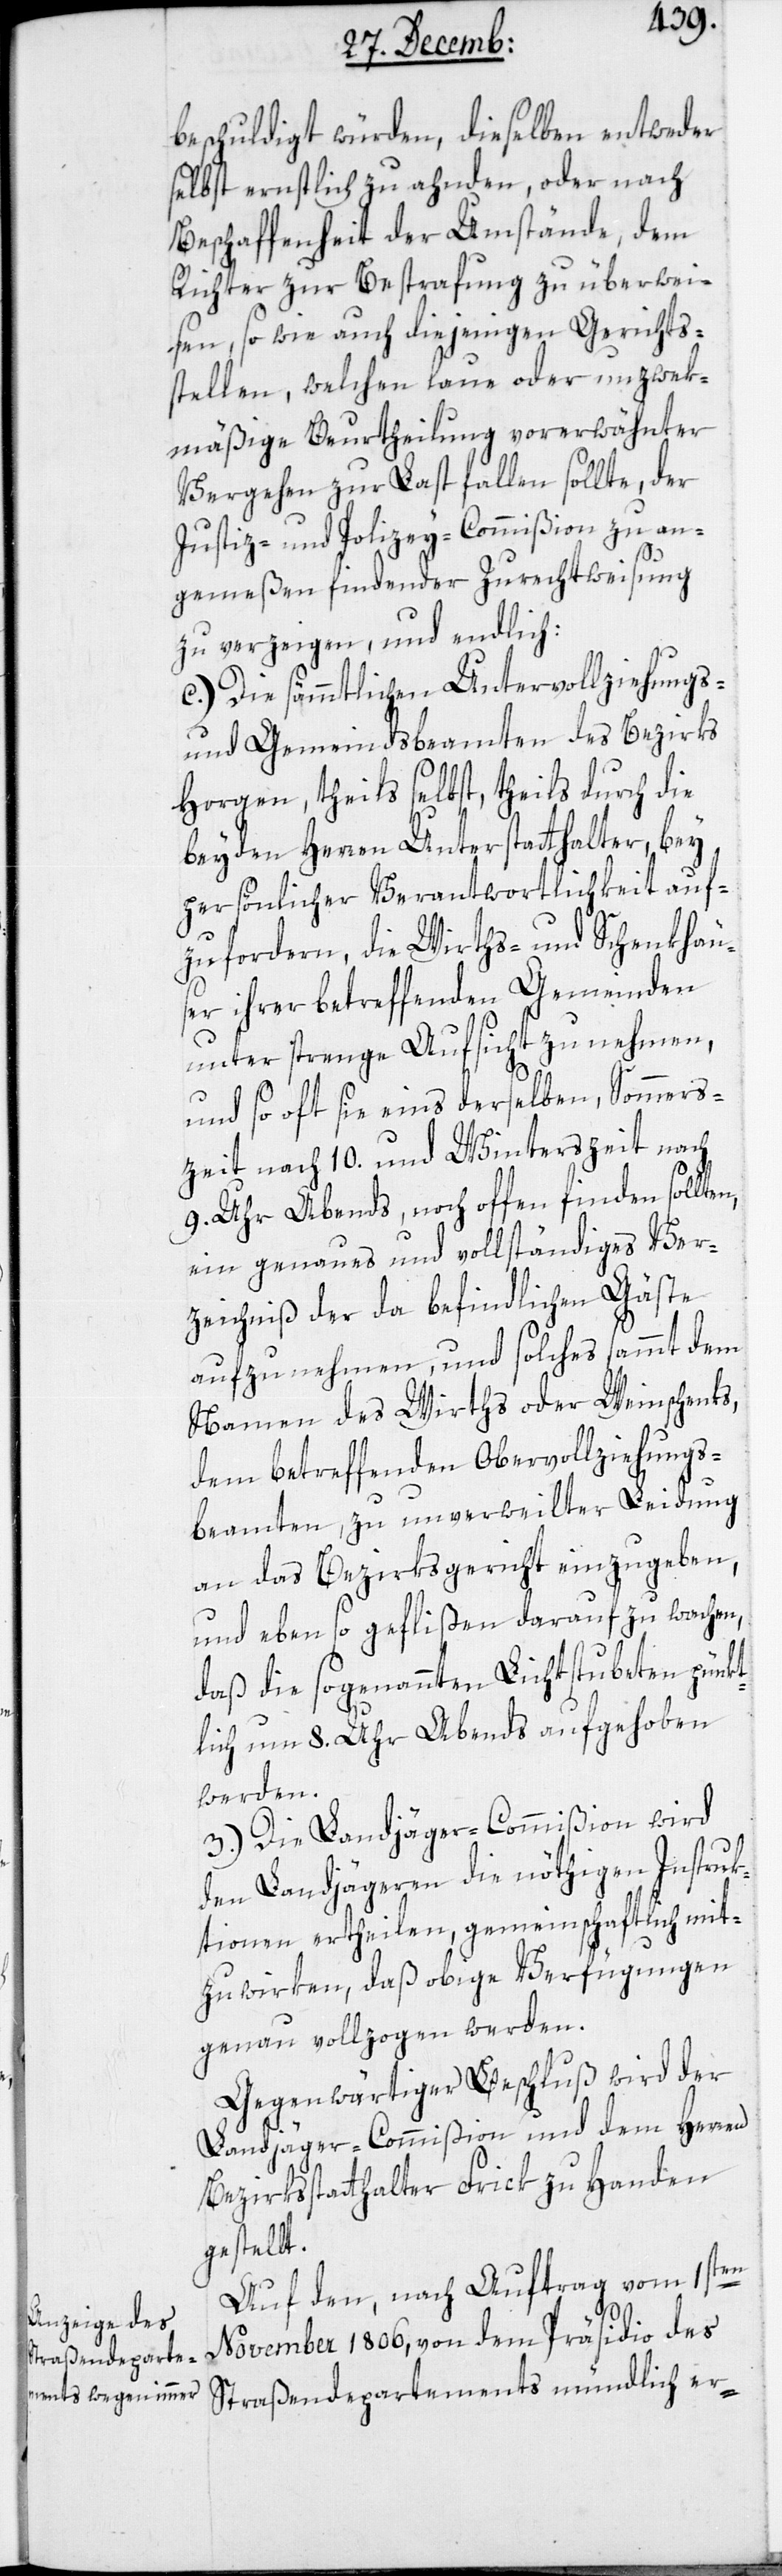
beschuldigt würden, dieselben entweder
selbst ernstlich zu ahnden, oder nach
Beschaffenheit der Umstände, dem
Richter zur Bestrafung zu überwei¬
sen, sowie auch diejenigen Gerichts¬
stellen, welchen laue oder unzwek¬
mäßige Beurtheilung vorerwähnter
Vergehen zur Last fallen sollte, der
Justiz- und Polizey-Commißion zu an¬
gemeßen findender Zurechtweisung
zu verzeigen, und endlich:
c.) Die sämmtlichen Untervollziehungs-
und Gemeindsbeamten des Bezirks
Horgen, theils selbst, theils durch die
beyden Herren Unterstatthalter, bey
persönlicher Verantwortlichkeit auf¬
zufordern, die Wirths- und Schenkhäu¬
ser ihrer betreffenden Gemeinden
unter strenge Aufsicht zu nehmen,
und so oft sie eins derselben, Sommers¬
zeit nach 10. und Winterszeit nach
9. Uhr abends, noch offen finden sollten,
ein genaues und vollständiges Ver¬
zeichniß der da befindlichen Gäste
aufzunehmen, und solches sammt dem
Namen des Wirths oder Weinschenks,
dem betreffenden Obervollziehungs¬
beamten, zu unverweilter Leidung
an das Bezirksgericht einzugeben,
und eben so geflißen darauf zu wachen,
daß die sogenannten Lichtstubeten pünkt¬
lich um 8. Uhr abends aufgehoben
werden.
3.) Die Landjäger-Commißion wird
den Landjägeren die nöthigen Instruk¬
tionen ertheilen, gemeinschaftlich mit¬
zuwirken, daß obige Verfügungen
genau vollzogen werden.
Gegenwärtiger Beschluß wird der
Landjäger-Commißion und dem Herren
Bezirksstatthalter Frick zu Handen
gestellt.
Auf den, nach Auftrag vom 1sten
November 1806, von dem Präsidio des
Straßendepartements mündlich er-